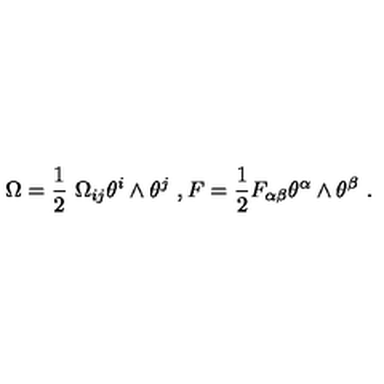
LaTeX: \Omega = \frac { 1 } { 2 } \ \Omega _ { i j } \theta ^ { i } \wedge \theta ^ { j } \ , F = \frac { 1 } { 2 } F _ { \alpha \beta } \theta ^ { \alpha } \wedge \theta ^ { \beta } \ .